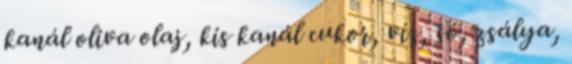
kanál oliva olaj, kis kanál cukor, víz, só, zsálya,